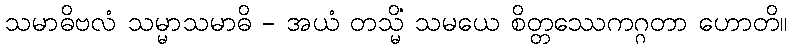
သမာဓိဗလံ သမ္မာသမာဓိ - အယံ တသ္မိံ သမယေ စိတ္တဿေကဂ္ဂတာ ဟောတိ။